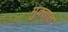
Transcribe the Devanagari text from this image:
मुक्तात